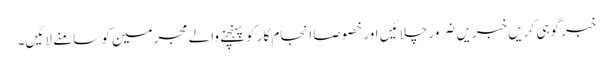
خبر گوہی کریں خبریں ضرور چلائیں اور خصوصا انجام کا رکو پہنچنے والے مجرمین کو سامنے لائیں۔